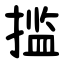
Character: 㨫